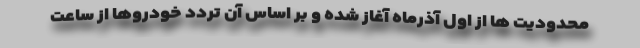
محدودیت ها از اول آذرماه آغاز شده و بر اساس آن تردد خودروها از ساعت